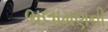
ભલામણની